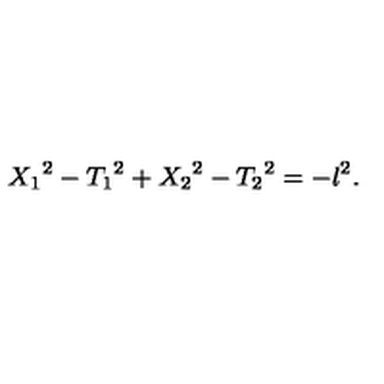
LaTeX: { X _ { 1 } } ^ { 2 } - { T _ { 1 } } ^ { 2 } + { X _ { 2 } } ^ { 2 } - { T _ { 2 } } ^ { 2 } = - l ^ { 2 } .